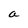
Character: a